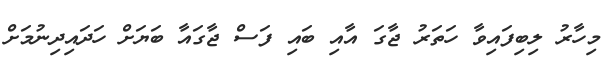
މިހާރު ލިބިފައިވާ ހަތަރު ޖާގަ އާއި ބައި ފަސް ޖާގައާ ބަޔަށް ހަދައިދިނުމަށް